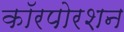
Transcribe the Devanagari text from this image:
कॉरपोरशन